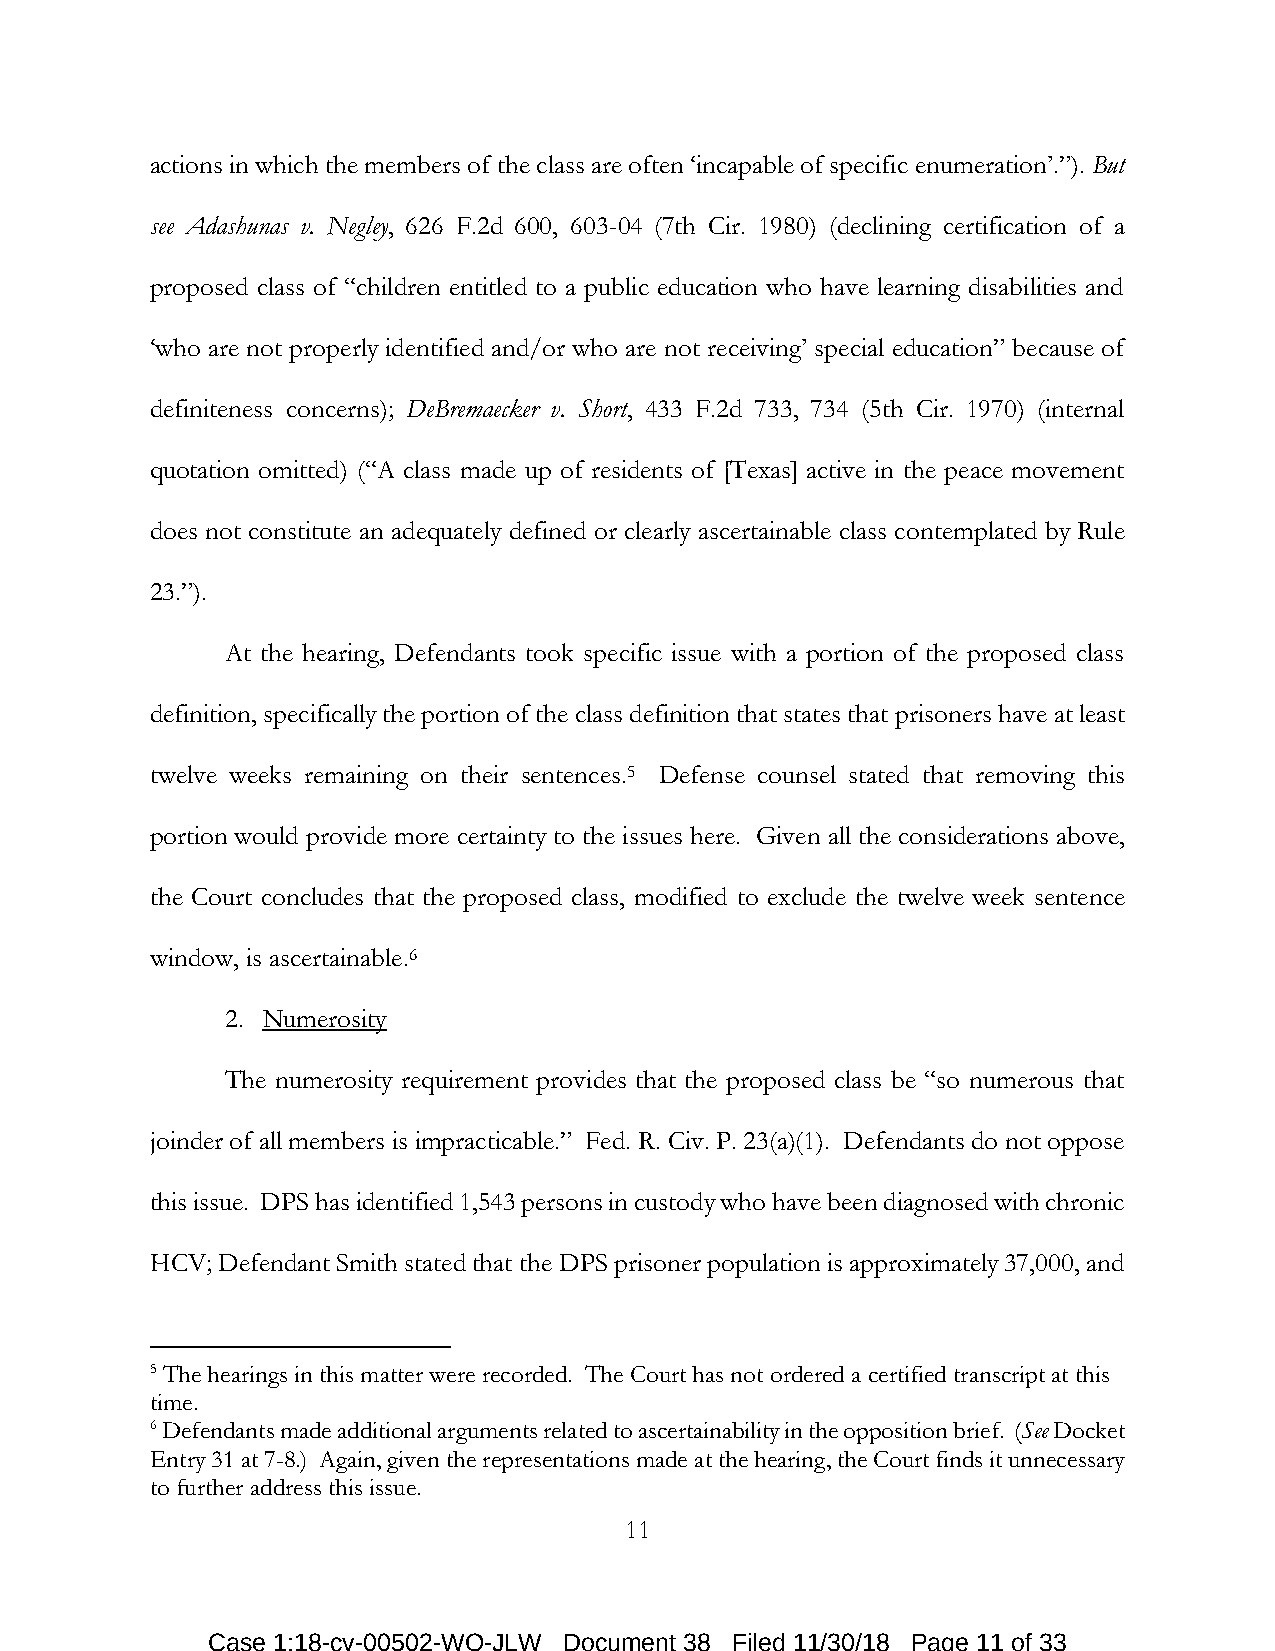
actions in which the members of the class are often ‘incapable of specific enumeration’.”). But
 see Adashunas v. Negley, 626 F.2d 600, 603-04 (7th Cir. 1980) (declining certification of a
 proposed class of “children entitled to a public education who have learning disabilities and
 ‘who are not properly identified and/or who are not receiving’ special education” because of
 definiteness concerns); DeBremaecker v. Short, 433 F.2d 733, 734 (5th Cir. 1970) (internal
 quotation omitted) (“A class made up of residents of [Texas] active in the peace movement
 does not constitute an adequately defined or clearly ascertainable class contemplated by Rule
 23.”).
 At the hearing, Defendants took specific issue with a portion of the proposed class
 definition, specifically the portion of the class definition that states that prisoners have at least
 twelve weeks remaining on their sentences.5 Defense counsel stated that removing this
 portion would provide more certainty to the issues here. Given all the considerations above,
 the Court concludes that the proposed class, modified to exclude the twelve week sentence
 window, is ascertainable.6
 2. Numerosity
 The numerosity requirement provides that the proposed class be “so numerous that
 joinder of all members is impracticable.” Fed. R. Civ. P. 23(a)(1). Defendants do not oppose
 this issue. DPS has identified 1,543 persons in custody who have been diagnosed with chronic
 HCV; Defendant Smith stated that the DPS prisoner population is approximately 37,000, and
 5 The hearings in this matter were recorded. The Court has not ordered a certified transcript at this
 time.
 6 Defendants made additional arguments related to ascertainability in the opposition brief. (See Docket
 Entry 31 at 7-8.) Again, given the representations made at the hearing, the Court finds it unnecessary
 to further address this issue.
 11
 Case 1:18-cv-00502-WO-JLW Document 38 Filed 11/30/18 Page 11 of 33